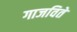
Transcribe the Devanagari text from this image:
गाजविते